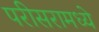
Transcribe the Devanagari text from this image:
परीसरामध्ये